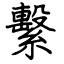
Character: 繫